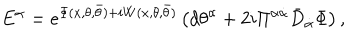
LaTeX: { E } ^ { { \alpha } } = e ^ { \Phi ( x , \theta , \bar { \theta } ) + i W ( x , \theta , \bar { \theta } ) } \left( d { \theta } ^ { \alpha } + { 2 i } \Pi ^ { \alpha \dot { \alpha } } \bar { D } _ { \dot { \alpha } } \Phi \right) ,